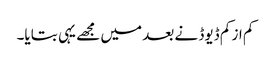
کم از کم ڈیوڈ نے بعد میں مجھے یہی بتایا۔